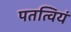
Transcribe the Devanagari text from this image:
पतत्वियं